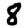
Digit: 8